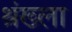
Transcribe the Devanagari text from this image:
श्रंख्ला